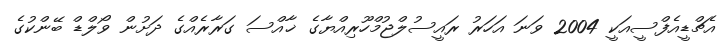
އެޗްޑީއެފްސީއަކީ 2004 ވަނަ އަހަރު ރައީސުލްޖުމްހޫރިއްޔާގެ ޚާއްސަ ގަރާރެއްގެ ދަށުން ވޯލްޑް ބޭންކުގެ